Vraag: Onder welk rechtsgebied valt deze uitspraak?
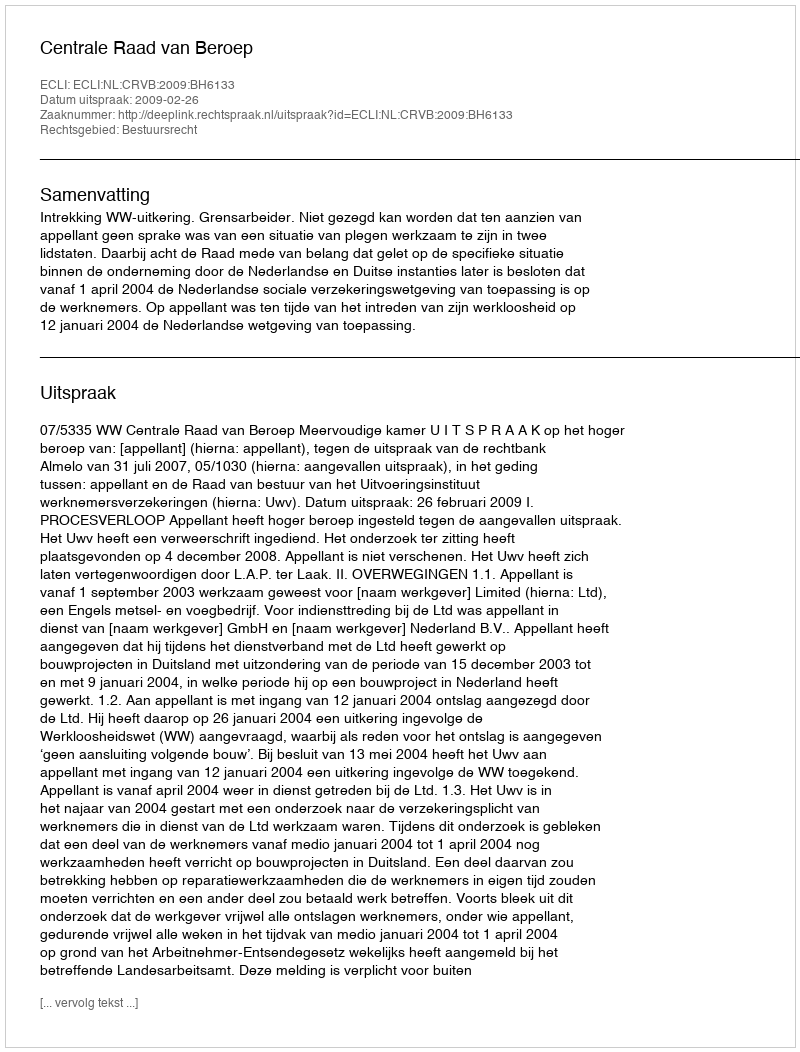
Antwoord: Bestuursrecht